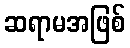
ဆရာမအဖြစ်